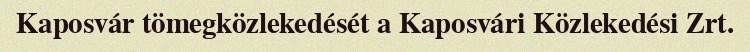
Kaposvár tömegközlekedését a Kaposvári Közlekedési Zrt.